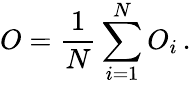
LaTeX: O=\frac{1}{N}\sum_{i=1}^{N}O_{i}\, .